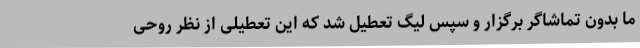
ما بدون تماشاگر برگزار و سپس لیگ تعطیل شد که این تعطیلی از نظر روحی